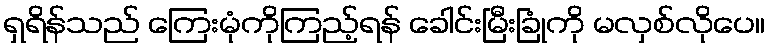
ရှရိန်သည် ကြေးမုံကိုကြည့်ရန် ခေါင်းမြီးခြုံကို မလှစ်လိုပေ။